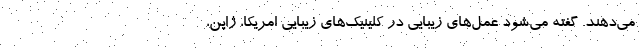
می‌دهند. گفته می‌شود عمل‌های زیبایی در کلینیک‌های زیبایی امریکا، ژاپن،